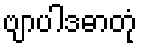
ဗျာပါဒဓာတုံ